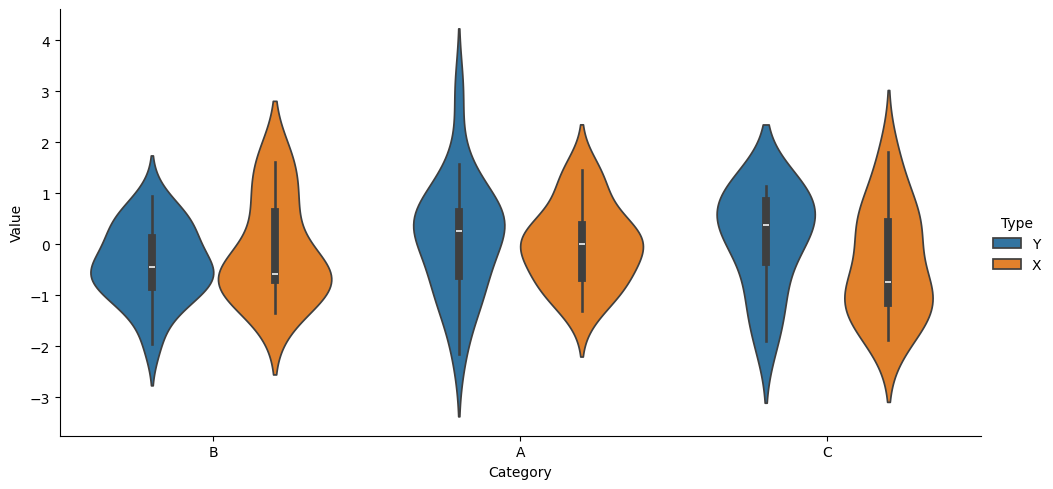
python, seaborn, catplot, kind='violin', height=5, aspect=2